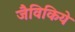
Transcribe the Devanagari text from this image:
जैविकिये